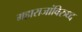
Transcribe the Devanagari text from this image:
महाराजांविरुध्द